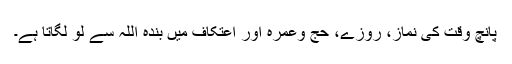
پانچ وقت کی نماز، روزے، حج وعمرہ اور اعتکاف میں بندہ اللہ سے لو لگاتا ہے۔